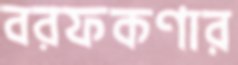
বরফকণার